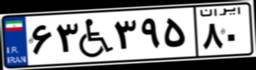
۳۳W۹۴۷۱۱